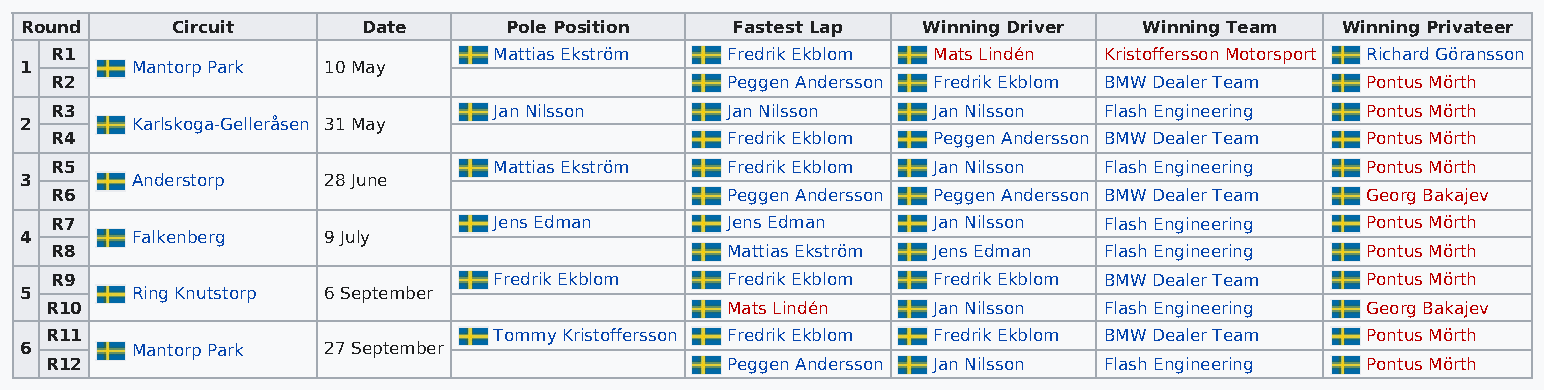
Round     Circuit      Date     Pole Position  Fastest Lap  Winning Driver Winning Team Winning Privateer
 R1                            Mattias Ekström Fredrik Ekblom Mats Lindén Kristoffersson Motorsport Richard Göransson
 1       Mantorp Park 10 May
 R2                                           Peggen Andersson Fredrik Ekblom BMW Dealer Team Pontus Mörth
 R3                            Jan Nilsson    Jan Nilsson   Jan Nilsson Flash Engineering Pontus Mörth
 2       Karlskoga-Gelleråsen 31 May
 R4                                           Fredrik Ekblom Peggen Andersson BMW Dealer Team Pontus Mörth
 R5                            Mattias Ekström Fredrik Ekblom Jan Nilsson Flash Engineering Pontus Mörth
 3       Anderstorp  28 June
 R6                                           Peggen Andersson Peggen Andersson BMW Dealer Team Georg Bakajev
 R7                            Jens Edman     Jens Edman    Jan Nilsson Flash Engineering Pontus Mörth
 4       Falkenberg  9 July
 R8                                           Mattias Ekström Jens Edman Flash Engineering Pontus Mörth
 R9                            Fredrik Ekblom Fredrik Ekblom Fredrik Ekblom BMW Dealer Team Pontus Mörth
 5       Ring Knutstorp 6 September
 R10                                          Mats Lindén   Jan Nilsson Flash Engineering Georg Bakajev
 R11                           Tommy Kristoffersson Fredrik Ekblom Fredrik Ekblom BMW Dealer Team Pontus Mörth
 6       Mantorp Park 27 September
 R12                                          Peggen Andersson Jan Nilsson Flash Engineering Pontus Mörth